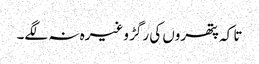
تا کہ پتھروں کی رگڑ وغیرہ نہ لگے۔